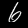
Digit: 6